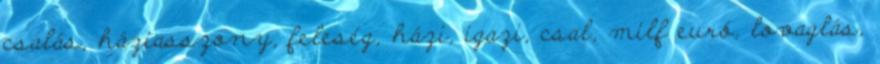
csalás, háziasszony, feleség, házi, igazi, csal, milf euró, lovaglás,